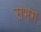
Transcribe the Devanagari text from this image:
सभग